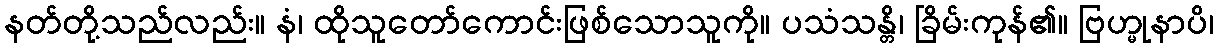
နတ်တို့သည်လည်း။ နံ၊ ထိုသူတော်ကောင်းဖြစ်သောသူကို။ ပသံသန္တိ၊ ခြိမ်းကုန်၏။ ဗြဟ္မုနာပိ၊